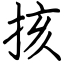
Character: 㧡